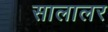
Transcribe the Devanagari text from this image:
सालालर